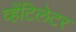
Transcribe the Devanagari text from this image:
व्हेंटिलेटर